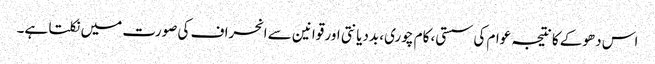
اس دھوکے کا نتیجہ عوام کی سستی، کام چوری، بددیانتی اور قوانین سے انحراف کی صورت میں نکلتا ہے۔